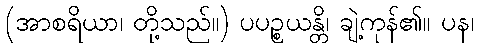
(အာစရိယာ၊ တို့သည်။) ပပဉ္စယန္တိ၊ ချဲ့ကုန်၏။ ပန၊